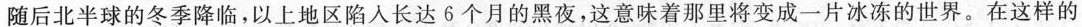
随后北半球的冬季降临，以上地区路入长达5个月的黑夜，这意味着那里将变成一片冰冻的世界。在这样的